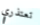
تعتذري